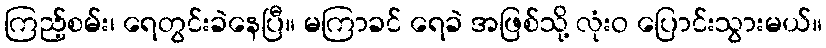
ကြည့်စမ်း၊ ရေတွင်းခဲနေပြီ။ မကြာခင် ရေခဲ အဖြစ်သို့ လုံးဝ ပြောင်းသွားမယ်။